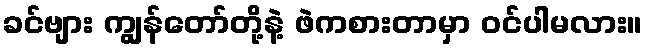
ခင်ဗျား ကျွန်တော်တို့နဲ့ ဖဲကစားတာမှာ ဝင်ပါမလား။